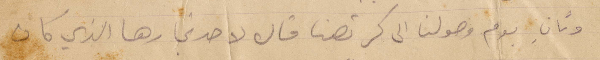
وتاني يوم وصولنا الى كرتهنا قال لاحد تجارها الذي كان